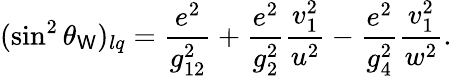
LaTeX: (\sin^{2}\theta_{\mathsf{W}})_{lq}={\frac{{e^{2}}}{{g_{12}^{2}}}}+{\frac{{e^{2}}}{{g_{2}^{2}}}}{\frac{{v_{1}^{2}}}{{u^{2}}}}-{\frac{{e^{2}}}{{g_{4}^{2}}}}{\frac{{v_{1}^{2}}}{{w^{2}}}}.